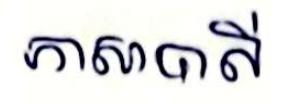
ភាសាបាលី